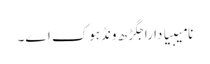
نامیبیا دا راجگڑھ ونڈہوک اے۔